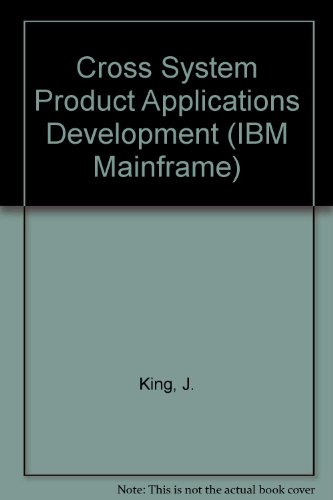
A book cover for Cross System Product Application Development (Qed IBM Mainframe Series); John King; Computers & Technology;